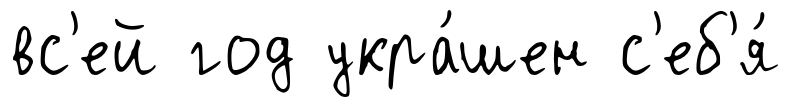
вс'ей год укра́шен с'еб'я́